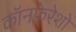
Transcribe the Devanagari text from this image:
कॉनफ़ेरेशो